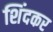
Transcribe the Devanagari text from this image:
शिंदकर